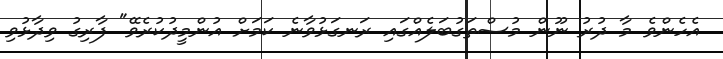
އެހެންވެ މާ ދުރު ނޫން މުސްތަގުބަލެއްގައި ރަނގަޅުވާނެ ކަމަށް އުންމީދުކުރެވޭ" ފާރިގު ވިދާޅުވި